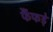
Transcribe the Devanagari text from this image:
फैंफड़े